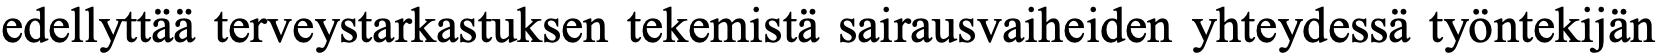
edellyttää terveystarkastuksen tekemistä sairausvaiheiden yhteydessä työntekijän